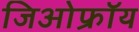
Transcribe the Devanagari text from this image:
जिओफ्रॉय